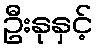
ဦးနုနှင့်